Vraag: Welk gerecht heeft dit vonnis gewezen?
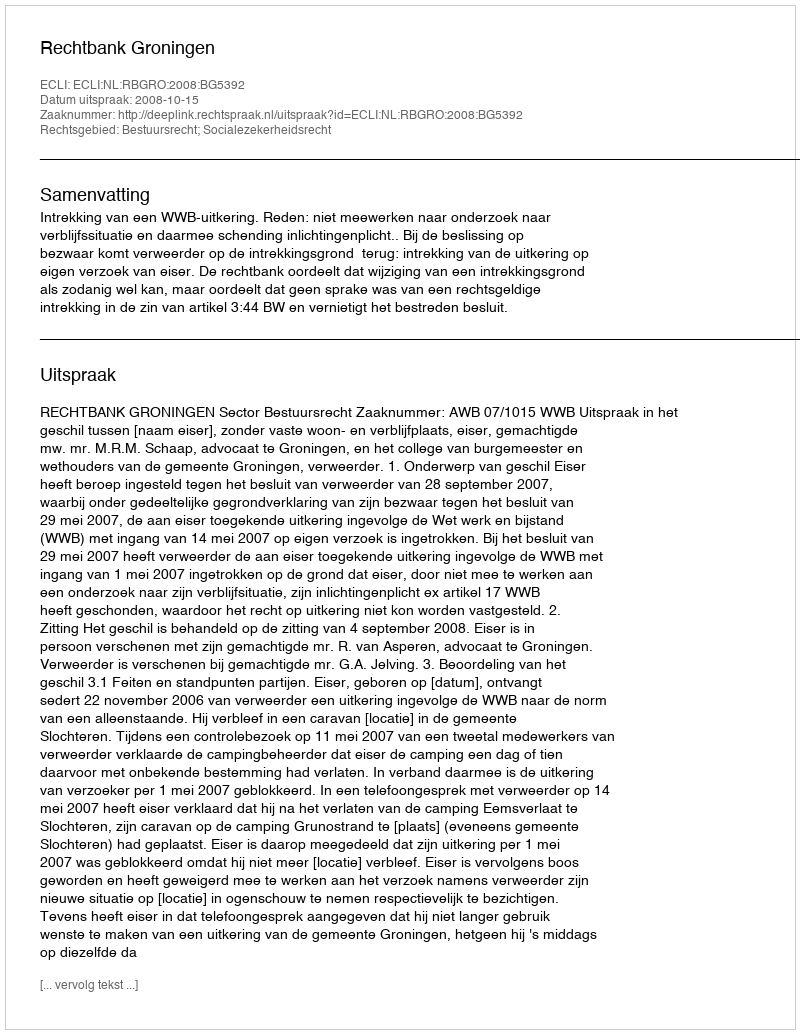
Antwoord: Rechtbank Groningen